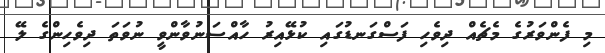
މި ފެންވަރުގެ މެޗެއް ދިވެހި ފަސްގަނޑުގައި ކުޅޭއިރު ހާއްސަނުވާންވީ ނުވަތަ ދިވެހިންގެ ލޭ